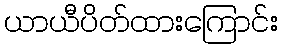
ယာယီပိတ်ထားကြောင်း